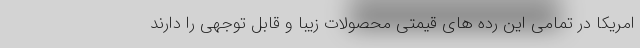
امریکا در تمامی این رده های قیمتی محصولات زیبا و قابل توجهی را دارند